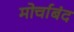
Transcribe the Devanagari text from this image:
मोर्चाबंद